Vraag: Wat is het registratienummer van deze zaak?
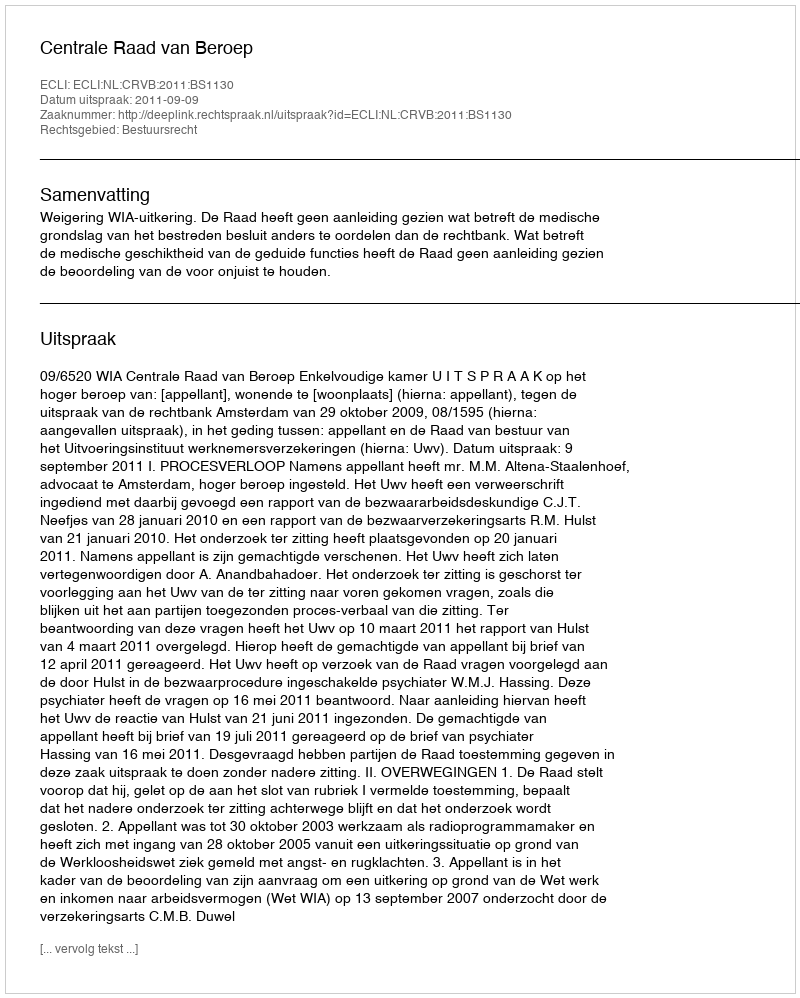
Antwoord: http://deeplink.rechtspraak.nl/uitspraak?id=ECLI:NL:CRVB:2011:BS1130